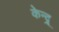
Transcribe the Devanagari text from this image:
केन्द्र्